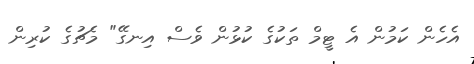
އެހެން ކަމުން އެ ޓީމް ތަކުގެ ކުޅުން ވެސް އިނގޭ" މެޗުގެ ކުރިން